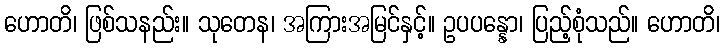
ဟောတိ၊ ဖြစ်သနည်း။ သုတေန၊ အကြားအမြင်နှင့်။ ဥပပန္နော၊ ပြည့်စုံသည်။ ဟောတိ၊